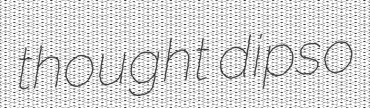
thought dipso